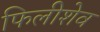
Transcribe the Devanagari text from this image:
फिलीशेव